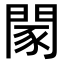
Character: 𨴯